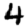
Digit: 4